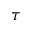
\tau